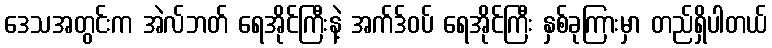
ဒေသအတွင်းက အဲလ်ဘတ် ရေအိုင်ကြီးနဲ့ အက်ဒ်ဝပ် ရေအိုင်ကြီး နှစ်ခုကြားမှာ တည်ရှိပါတယ်